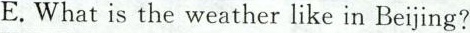
E.What is the weather like in Beijing?